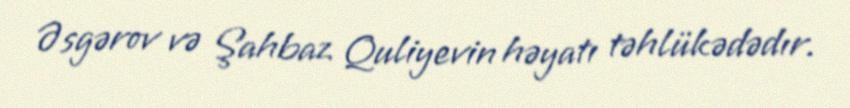
Əsgərov və Şahbaz Quliyevin həyatı təhlükədədır.